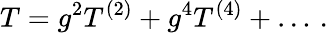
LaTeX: T=g^{2}T^{(2)}+g^{4}T^{(4)}+\ldots\, .